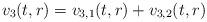
LaTeX: \begin{align*} v_{3}(t,r) = v_{3,1}(t,r)+v_{3,2}(t,r)\end{align*}